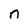
Character: n